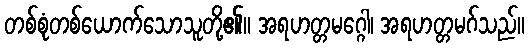
တစ်စုံတစ်ယောက်သောသူတို့၏။ အရဟတ္တမဂ္ဂေါ၊ အရဟတ္တမဂ်သည်။